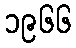
၁၉၆၆